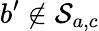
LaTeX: b^{\prime}\notin\mathcal{S}_{a,c}